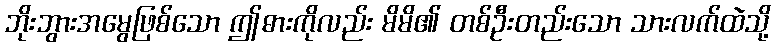
ဘိုးဘွားအမွေဖြစ်သော ဤဓားကိုလည်း မိမိ၏ တစ်ဦးတည်းသော သားလက်ထဲသို့